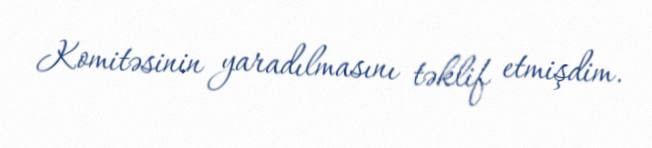
Komitəsinin yaradılmasını təklif etmişdim.